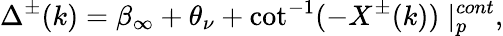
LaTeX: \Delta^{\pm}(k)=\beta_{\infty}+\theta_{\nu}+\cot^{-1}(-X^{\pm}(k))\mid_{p}^{cont},